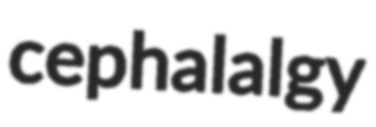
cephalalgy